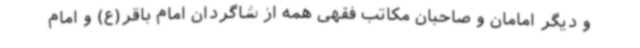
و دیگر امامان و صاحبان مکاتب فقهی همه از شاگردان امام باقر(ع) و امام